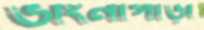
ভাংনাপাড়া